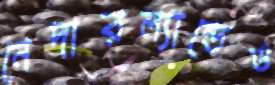
নেদারল্যান্ডেও